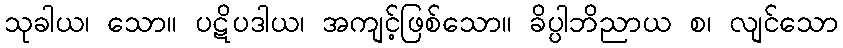
သုခါယ၊ သော။ ပဋိပဒါယ၊ အကျင့်ဖြစ်သော။ ခိပ္ပါဘိညာယ စ၊ လျင်သော